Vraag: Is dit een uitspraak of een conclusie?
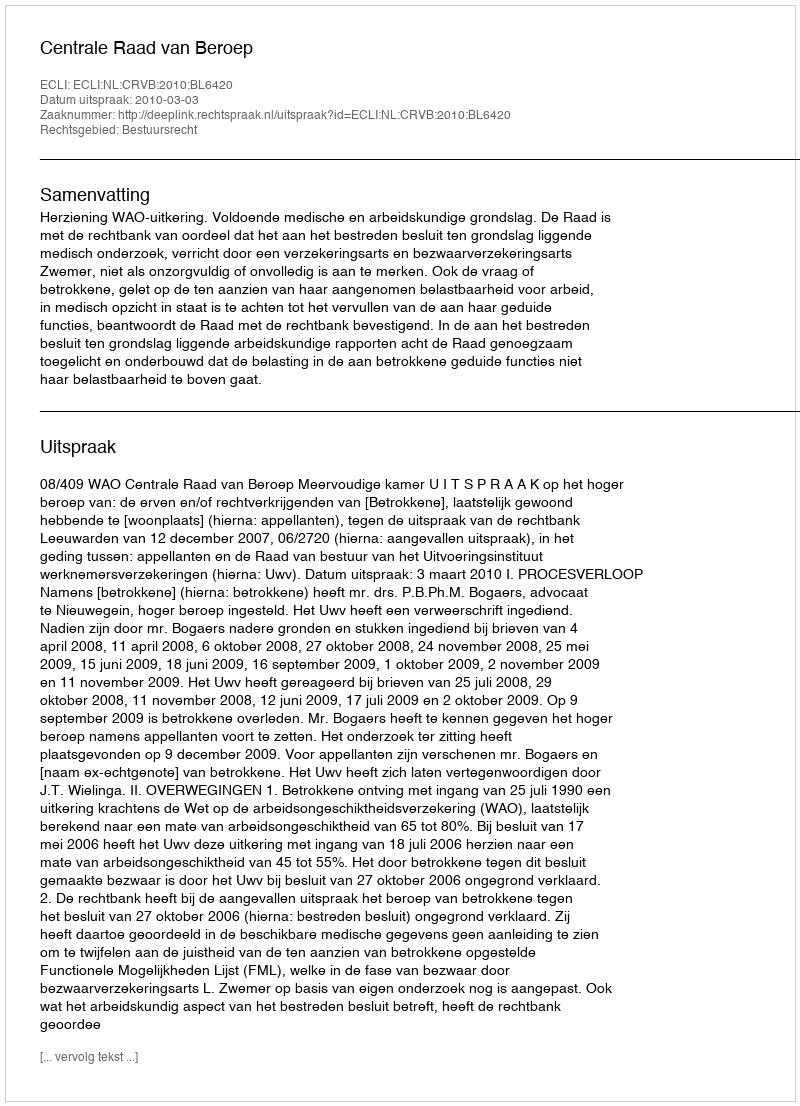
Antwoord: Uitspraak